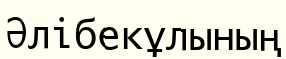
Әлібекұлының